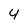
Character: 4